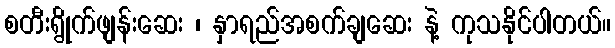
စတီးရွိုက်ဖျန်းဆေး ၊ နှာရည်အစက်ချဆေး နဲ့ ကုသနိုင်ပါတယ်။